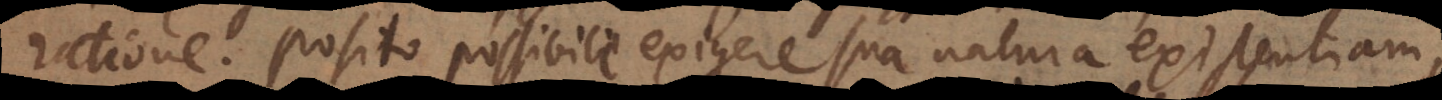
ratione; posito possibile exigere sua natura existentiam,